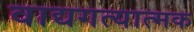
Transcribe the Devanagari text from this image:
वाद्यगत्यात्मक